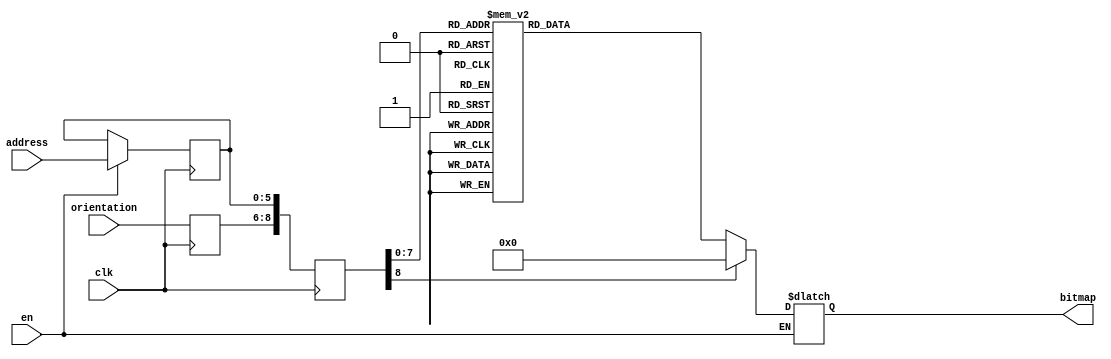
module newshape5 (clk, en, orientation, address, bitmap); 
    input  clk;
    input   en;
    input wire [2:0] orientation;
    input wire[5:0] address;
    output reg [50:0] bitmap;
    reg   [8:0] raddr;
    reg [5:0] address_reg;
    reg[2:0] orient_reg;
 always @(posedge clk)
 begin

    if (en)
     address_reg <= address;
     orient_reg <= orientation;
     raddr <= {orient_reg,address_reg};
 end

 always @(raddr) 
 begin
    if (en)
       case(raddr)
    9'b000000000 : bitmap <= 51'b000000000000000000000000010000000000000000000000000;
    9'b000000001 : bitmap <= 51'b000000000000000000000001111100000000000000000000000;
    9'b000000010 : bitmap <= 51'b000000000000000000000111111111000000000000000000000;
    9'b000000011 : bitmap <= 51'b000000000000000000001111111111100000000000000000000;
    9'b000000100 : bitmap <= 51'b000000000000000000111111111111111000000000000000000;
    9'b000000101 : bitmap <= 51'b000000000000000011111111111111111110000000000000000;
    9'b000000110 : bitmap <= 51'b000000000000001111111111111111111111100000000000000;
    9'b000000111 : bitmap <= 51'b000000000000011111111111111111111111110000000000000;
    9'b000001000 : bitmap <= 51'b000000000001111111111111111111111111111100000000000;
    9'b000001001 : bitmap <= 51'b000000000111111111111111111111111111111111000000000;
    9'b000001010 : bitmap <= 51'b000000001111111111111111111111111111111111100000000;
    9'b000001011 : bitmap <= 51'b000000111111111111111111111111111111111111111000000;
    9'b000001100 : bitmap <= 51'b000011111111111111111111111111111111111111111110000;
    9'b000001101 : bitmap <= 51'b000111111111111111111111111111111111111111111111000;
    9'b000001110 : bitmap <= 51'b011111111111111111111111111111111111111111111111110;
    9'b000001111 : bitmap <= 51'b111111111111111111111111111111111111111111111111111;
    9'b000010000 : bitmap <= 51'b111111111111111111111111111111111111111111111111111;
    9'b000010001 : bitmap <= 51'b111111111111111111111111111111111111111111111111111;
    9'b000010010 : bitmap <= 51'b111111111111111111111111111111111111111111111111111;
    9'b000010011 : bitmap <= 51'b111111111111111111111100000001111111111111111111111;
    9'b000010100 : bitmap <= 51'b111111111111111111110000000000011111111111111111111;
    9'b000010101 : bitmap <= 51'b111111111111111111100000000000001111111111111111111;
    9'b000010110 : bitmap <= 51'b111111111111111110000000000000000011111111111111111;
    9'b000010111 : bitmap <= 51'b000000000000000000000000000000000011111111111111111;
    9'b000011000 : bitmap <= 51'b000000000000000000000000000000000000111111111111111;
    9'b000011001 : bitmap <= 51'b000000000000000000000000000000000000111111111111111;
    9'b000011010 : bitmap <= 51'b000000000000000000000000000000000000111111111111111;
    9'b000011011 : bitmap <= 51'b000000000000000000000000000000000000011111111111111;
    9'b000011100 : bitmap <= 51'b000000000000000000000000000000000000011111111111111;
    9'b000011101 : bitmap <= 51'b000000000000000000000000000000000000011111111111111;
    9'b000011110 : bitmap <= 51'b000000000000000000000000000000000000011111111111111;
    9'b000011111 : bitmap <= 51'b000000000000000000000000000000000000011111111111111;
    9'b000100000 : bitmap <= 51'b000000000000000000000000000000000000011111111111111;
    9'b000100001 : bitmap <= 51'b000000000000000000000000000000000000111111111111111;
    9'b000100010 : bitmap <= 51'b000000000000000000000000000000000000111111111111111;
    9'b000100011 : bitmap <= 51'b000000000000000000000000000000000001111111111111111;
    9'b000100100 : bitmap <= 51'b000000000000000000000000000000000011111111111111111;
    9'b000100101 : bitmap <= 51'b111111111111111110000000000000000011111111111111111;
    9'b000100110 : bitmap <= 51'b111111111111111111100000000000001111111111111111111;
    9'b000100111 : bitmap <= 51'b111111111111111111110000000000011111111111111111111;
    9'b000101000 : bitmap <= 51'b111111111111111111111100000001111111111111111111111;
    9'b000101001 : bitmap <= 51'b111111111111111111111111111111111111111111111111111;
    9'b000101010 : bitmap <= 51'b111111111111111111111111111111111111111111111111111;
    9'b000101011 : bitmap <= 51'b111111111111111111111111111111111111111111111111111;
    9'b000101100 : bitmap <= 51'b111111111111111111111111111111111111111111111111111;
    9'b000101101 : bitmap <= 51'b011111111111111111111111111111111111111111111111110;
    9'b000101110 : bitmap <= 51'b000111111111111111111111111111111111111111111111000;
    9'b000101111 : bitmap <= 51'b000011111111111111111111111111111111111111111110000;
    9'b000110000 : bitmap <= 51'b000000111111111111111111111111111111111111111000000;
    9'b000110001 : bitmap <= 51'b000000001111111111111111111111111111111111100000000;
    9'b000110010 : bitmap <= 51'b000000000111111111111111111111111111111111000000000;
    9'b000110011 : bitmap <= 51'b000000000001111111111111111111111111111100000000000;
    9'b000110100 : bitmap <= 51'b000000000000011111111111111111111111110000000000000;
    9'b000110101 : bitmap <= 51'b000000000000001111111111111111111111100000000000000;
    9'b000110110 : bitmap <= 51'b000000000000000011111111111111111110000000000000000;
    9'b000110111 : bitmap <= 51'b000000000000000000111111111111111000000000000000000;
    9'b000111000 : bitmap <= 51'b000000000000000000001111111111100000000000000000000;
    9'b000111001 : bitmap <= 51'b000000000000000000000111111111000000000000000000000;
    9'b000111010 : bitmap <= 51'b000000000000000000000001111100000000000000000000000;
    9'b000111011 : bitmap <= 51'b000000000000000000000000010000000000000000000000000;



    
    9'b001000000 : bitmap <= 51'b000000000000000000000000010000000000000000000000000;
    9'b001000001 : bitmap <= 51'b000000000000000000000001111100000000000000000000000;
    9'b001000010 : bitmap <= 51'b000000000000000000000111111111000000000000000000000;
    9'b001000011 : bitmap <= 51'b000000000000000000001111111111100000000000000000000;
    9'b001000100 : bitmap <= 51'b000000000000000000011111111111111000000000000000000;
    9'b001000101 : bitmap <= 51'b000000000000000000001111111111111110000000000000000;
    9'b001000110 : bitmap <= 51'b000000000000000000001111111111111111100000000000000;
    9'b001000111 : bitmap <= 51'b000000000000000000000111111111111111110000000000000;
    9'b001001000 : bitmap <= 51'b000000000000000000000111111111111111111100000000000;
    9'b001001001 : bitmap <= 51'b000000000000000000000011111111111111111111000000000;
    9'b001001010 : bitmap <= 51'b000000000000000000000011111111111111111111100000000;
    9'b001001011 : bitmap <= 51'b000000100000000000000001111111111111111111111000000;
    9'b001001100 : bitmap <= 51'b000011110000000000000000111111111111111111111110000;
    9'b001001101 : bitmap <= 51'b000111110000000000000000111111111111111111111111000;
    9'b001001110 : bitmap <= 51'b011111111000000000000000011111111111111111111111110;
    9'b001001111 : bitmap <= 51'b111111111000000000000000011111111111111111111111111;
    9'b001010000 : bitmap <= 51'b111111111100000000000000001111111111111111111111111;
    9'b001010001 : bitmap <= 51'b111111111100000000000000000111111111111111111111111;
    9'b001010010 : bitmap <= 51'b111111111110000000000000000011111111111111111111111;
    9'b001010011 : bitmap <= 51'b111111111110000000000000000000001111111111111111111;
    9'b001010100 : bitmap <= 51'b111111111111000000000000000000000011111111111111111;
    9'b001010101 : bitmap <= 51'b111111111111100000000000000000000001111111111111111;
    9'b001010110 : bitmap <= 51'b111111111111100000000000000000000000111111111111111;
    9'b001010111 : bitmap <= 51'b111111111111110000000000000000000000011111111111111;
    9'b001011000 : bitmap <= 51'b111111111111110000000000000000000000011111111111111;
    9'b001011001 : bitmap <= 51'b111111111111111000000000000000000000001111111111111;
    9'b001011010 : bitmap <= 51'b111111111111111000000000000000000000001111111111111;
    9'b001011011 : bitmap <= 51'b111111111111111000000000000000000000000111111111111;
    9'b001011100 : bitmap <= 51'b111111111111110000000000000000000000000111111111111;
    9'b001011101 : bitmap <= 51'b111111111111110000000000000000000000000111111111111;
    9'b001011110 : bitmap <= 51'b111111111111110000000000000000000000000111111111111;
    9'b001011111 : bitmap <= 51'b111111111111110000000000000000000000000111111111111;
    9'b001100000 : bitmap <= 51'b111111111111110000000000000000000000000111111111111;
    9'b001100001 : bitmap <= 51'b111111111111110000000000000000000000000111111111111;
    9'b001100010 : bitmap <= 51'b111111111111111000000000000000000000001111111111111;
    9'b001100011 : bitmap <= 51'b111111111111111000000000000000000000001111111111111;
    9'b001100100 : bitmap <= 51'b111111111111111100000000000000000000001111111111111;
    9'b001100101 : bitmap <= 51'b111111111111111100000000000000000000011111111111111;
    9'b001100110 : bitmap <= 51'b111111111111111110000000000000000000111111111111111;
    9'b001100111 : bitmap <= 51'b111111111111111111000000000000000001111111111111111;
    9'b001101000 : bitmap <= 51'b111111111111111111100000000000000011111111111111111;
    9'b001101001 : bitmap <= 51'b111111111111111111111000000000001111111111111111111;
    9'b001101010 : bitmap <= 51'b111111111111111111111110000000111111111111111111111;
    9'b001101011 : bitmap <= 51'b111111111111111111111111111111111111111111111111111;
    9'b001101100 : bitmap <= 51'b111111111111111111111111111111111111111111111111111;
    9'b001101101 : bitmap <= 51'b011111111111111111111111111111111111111111111111110;
    9'b001101110 : bitmap <= 51'b000111111111111111111111111111111111111111111111000;
    9'b001101111 : bitmap <= 51'b000011111111111111111111111111111111111111111110000;
    9'b001110000 : bitmap <= 51'b000000111111111111111111111111111111111111111100000;
    9'b001110001 : bitmap <= 51'b000000001111111111111111111111111111111111110000000;
    9'b001110010 : bitmap <= 51'b000000000111111111111111111111111111111111000000000;
    9'b001110011 : bitmap <= 51'b000000000001111111111111111111111111111100000000000;
    9'b001110100 : bitmap <= 51'b000000000000011111111111111111111111111000000000000;
    9'b001110101 : bitmap <= 51'b000000000000001111111111111111111111100000000000000;
    9'b001110110 : bitmap <= 51'b000000000000000011111111111111111110000000000000000;
    9'b001110111 : bitmap <= 51'b000000000000000000111111111111111000000000000000000;
    9'b001111000 : bitmap <= 51'b000000000000000000001111111111100000000000000000000;
    9'b001111001 : bitmap <= 51'b000000000000000000000111111111000000000000000000000;
    9'b001111010 : bitmap <= 51'b000000000000000000000001111100000000000000000000000;
    9'b001111011 : bitmap <= 51'b000000000000000000000000010000000000000000000000000;
    
    9'b010000000 : bitmap <= 51'b000000000000000000000000010000000000000000000000000;
    9'b010000001 : bitmap <= 51'b000000000000000000000001111100000000000000000000000;
    9'b010000010 : bitmap <= 51'b000000000000000000000111111111000000000000000000000;
    9'b010000011 : bitmap <= 51'b000000000000000000001111111111100000000000000000000;
    9'b010000100 : bitmap <= 51'b000000000000000000111111111111110000000000000000000;
    9'b010000101 : bitmap <= 51'b000000000000000011111111111111100000000000000000000;
    9'b010000110 : bitmap <= 51'b000000000000001111111111111111100000000000000000000;
    9'b010000111 : bitmap <= 51'b000000000000011111111111111111000000000000000000000;
    9'b010001000 : bitmap <= 51'b000000000001111111111111111111000000000000000000000;
    9'b010001001 : bitmap <= 51'b000000000111111111111111111110000000000000000000000;
    9'b010001010 : bitmap <= 51'b000000001111111111111111111110000000000000000000000;
    9'b010001011 : bitmap <= 51'b000000111111111111111111111100000000000000001000000;
    9'b010001100 : bitmap <= 51'b000011111111111111111111111000000000000000011110000;
    9'b010001101 : bitmap <= 51'b000111111111111111111111111000000000000000011111000;
    9'b010001110 : bitmap <= 51'b011111111111111111111111110000000000000000111111110;
    9'b010001111 : bitmap <= 51'b111111111111111111111111110000000000000000111111111;
    9'b010010000 : bitmap <= 51'b111111111111111111111111100000000000000001111111111;
    9'b010010001 : bitmap <= 51'b111111111111111111111111000000000000000001111111111;
    9'b010010010 : bitmap <= 51'b111111111111111111111110000000000000000011111111111;
    9'b010010011 : bitmap <= 51'b111111111111111111100000000000000000000011111111111;
    9'b010010100 : bitmap <= 51'b111111111111111110000000000000000000000111111111111;
    9'b010010101 : bitmap <= 51'b111111111111111100000000000000000000001111111111111;
    9'b010010110 : bitmap <= 51'b111111111111111000000000000000000000001111111111111;
    9'b010010111 : bitmap <= 51'b111111111111110000000000000000000000011111111111111;
    9'b010011000 : bitmap <= 51'b111111111111110000000000000000000000011111111111111;
    9'b010011001 : bitmap <= 51'b111111111111100000000000000000000000111111111111111;
    9'b010011010 : bitmap <= 51'b111111111111100000000000000000000000111111111111111;
    9'b010011011 : bitmap <= 51'b111111111111000000000000000000000000111111111111111;
    9'b010011100 : bitmap <= 51'b111111111111000000000000000000000000011111111111111;
    9'b010011101 : bitmap <= 51'b111111111111000000000000000000000000011111111111111;
    9'b010011110 : bitmap <= 51'b111111111111000000000000000000000000011111111111111;
    9'b010011111 : bitmap <= 51'b111111111111000000000000000000000000011111111111111;
    9'b010100000 : bitmap <= 51'b111111111111000000000000000000000000011111111111111;
    9'b010100001 : bitmap <= 51'b111111111111000000000000000000000000011111111111111;
    9'b010100010 : bitmap <= 51'b111111111111100000000000000000000000111111111111111;
    9'b010100011 : bitmap <= 51'b111111111111100000000000000000000000111111111111111;
    9'b010100100 : bitmap <= 51'b111111111111100000000000000000000001111111111111111;
    9'b010100101 : bitmap <= 51'b111111111111110000000000000000000001111111111111111;
    9'b010100110 : bitmap <= 51'b111111111111111000000000000000000011111111111111111;
    9'b010100111 : bitmap <= 51'b111111111111111100000000000000000111111111111111111;
    9'b010101000 : bitmap <= 51'b111111111111111110000000000000001111111111111111111;
    9'b010101001 : bitmap <= 51'b111111111111111111100000000000111111111111111111111;
    9'b010101010 : bitmap <= 51'b111111111111111111111000000011111111111111111111111;
    9'b010101011 : bitmap <= 51'b111111111111111111111111111111111111111111111111111;
    9'b010101100 : bitmap <= 51'b111111111111111111111111111111111111111111111111111;
    9'b010101101 : bitmap <= 51'b011111111111111111111111111111111111111111111111110;
    9'b010101110 : bitmap <= 51'b000111111111111111111111111111111111111111111111000;
    9'b010101111 : bitmap <= 51'b000011111111111111111111111111111111111111111110000;
    9'b010110000 : bitmap <= 51'b000001111111111111111111111111111111111111111000000;
    9'b010110001 : bitmap <= 51'b000000011111111111111111111111111111111111100000000;
    9'b010110010 : bitmap <= 51'b000000000111111111111111111111111111111111000000000;
    9'b010110011 : bitmap <= 51'b000000000001111111111111111111111111111100000000000;
    9'b010110100 : bitmap <= 51'b000000000000111111111111111111111111110000000000000;
    9'b010110101 : bitmap <= 51'b000000000000001111111111111111111111100000000000000;
    9'b010110110 : bitmap <= 51'b000000000000000011111111111111111110000000000000000;
    9'b010110111 : bitmap <= 51'b000000000000000000111111111111111000000000000000000;
    9'b010111000 : bitmap <= 51'b000000000000000000001111111111100000000000000000000;
    9'b010111001 : bitmap <= 51'b000000000000000000000111111111000000000000000000000;
    9'b010111010 : bitmap <= 51'b000000000000000000000001111100000000000000000000000;
    9'b010111011 : bitmap <= 51'b000000000000000000000000010000000000000000000000000;





    9'b011000000 : bitmap <= 51'b000000000000000000000000010000000000000000000000000;
    9'b011000001 : bitmap <= 51'b000000000000000000000001111100000000000000000000000;
    9'b011000010 : bitmap <= 51'b000000000000000000000111111111000000000000000000000;
    9'b011000011 : bitmap <= 51'b000000000000000000001111111111100000000000000000000;
    9'b011000100 : bitmap <= 51'b000000000000000000111111111111111000000000000000000;
    9'b011000101 : bitmap <= 51'b000000000000000011111111111111111110000000000000000;
    9'b011000110 : bitmap <= 51'b000000000000001111111111111111111111100000000000000;
    9'b011000111 : bitmap <= 51'b000000000000011111111111111111111111110000000000000;
    9'b011001000 : bitmap <= 51'b000000000001111111111111111111111111111100000000000;
    9'b011001001 : bitmap <= 51'b000000000111111111111111111111111111111111000000000;
    9'b011001010 : bitmap <= 51'b000000001111111111111111111111111111111111100000000;
    9'b011001011 : bitmap <= 51'b000000111111111111111111111111111111111111111000000;
    9'b011001100 : bitmap <= 51'b000011111111111111111111111111111111111111111110000;
    9'b011001101 : bitmap <= 51'b000111111111111111111111111111111111111111111111000;
    9'b011001110 : bitmap <= 51'b011111111111111111111111111111111111111111111111110;
    9'b011001111 : bitmap <= 51'b111111111111111111111111111111111111111111111111111;
    9'b011010000 : bitmap <= 51'b111111111111111111111111111111111111111111111111111;
    9'b011010001 : bitmap <= 51'b111111111111111111111111111111111111111111111111111;
    9'b011010010 : bitmap <= 51'b111111111111111111111111111111111111111111111111111;
    9'b011010011 : bitmap <= 51'b111111111111111111111100000001111111111111111111111;
    9'b011010100 : bitmap <= 51'b111111111111111111110000000000011111111111111111111;
    9'b011010101 : bitmap <= 51'b111111111111111111100000000000001111111111111111111;
    9'b011010110 : bitmap <= 51'b111111111111111110000000000000000011111111111111111;
    9'b011010111 : bitmap <= 51'b111111111111111110000000000000000000000000000000000;
    9'b011011000 : bitmap <= 51'b111111111111111000000000000000000000000000000000000;
    9'b011011001 : bitmap <= 51'b111111111111111000000000000000000000000000000000000;
    9'b011011010 : bitmap <= 51'b111111111111111000000000000000000000000000000000000;
    9'b011011011 : bitmap <= 51'b111111111111110000000000000000000000000000000000000;
    9'b011011100 : bitmap <= 51'b111111111111110000000000000000000000000000000000000;
    9'b011011101 : bitmap <= 51'b111111111111110000000000000000000000000000000000000;
    9'b011011110 : bitmap <= 51'b111111111111110000000000000000000000000000000000000;
    9'b011011111 : bitmap <= 51'b111111111111110000000000000000000000000000000000000;
    9'b011100000 : bitmap <= 51'b111111111111110000000000000000000000000000000000000;
    9'b011100001 : bitmap <= 51'b111111111111111000000000000000000000000000000000000;
    9'b011100010 : bitmap <= 51'b111111111111111000000000000000000000000000000000000;
    9'b011100011 : bitmap <= 51'b111111111111111100000000000000000000000000000000000;
    9'b011100100 : bitmap <= 51'b111111111111111110000000000000000000000000000000000;
    9'b011100101 : bitmap <= 51'b111111111111111110000000000000000011111111111111111;
    9'b011100110 : bitmap <= 51'b111111111111111111100000000000001111111111111111111;
    9'b011100111 : bitmap <= 51'b111111111111111111110000000000011111111111111111111;
    9'b011101000 : bitmap <= 51'b111111111111111111111100000001111111111111111111111;
    9'b011101001 : bitmap <= 51'b111111111111111111111111111111111111111111111111111;
    9'b011101010 : bitmap <= 51'b111111111111111111111111111111111111111111111111111;
    9'b011101011 : bitmap <= 51'b111111111111111111111111111111111111111111111111111;
    9'b011101100 : bitmap <= 51'b111111111111111111111111111111111111111111111111111;
    9'b011101101 : bitmap <= 51'b011111111111111111111111111111111111111111111111110;
    9'b011101110 : bitmap <= 51'b000111111111111111111111111111111111111111111111000;
    9'b011101111 : bitmap <= 51'b000011111111111111111111111111111111111111111110000;
    9'b011110000 : bitmap <= 51'b000000111111111111111111111111111111111111111000000;
    9'b011110001 : bitmap <= 51'b000000001111111111111111111111111111111111100000000;
    9'b011110010 : bitmap <= 51'b000000000111111111111111111111111111111111000000000;
    9'b011110011 : bitmap <= 51'b000000000001111111111111111111111111111100000000000;
    9'b011110100 : bitmap <= 51'b000000000000011111111111111111111111110000000000000;
    9'b011110101 : bitmap <= 51'b000000000000001111111111111111111111100000000000000;
    9'b011110110 : bitmap <= 51'b000000000000000011111111111111111110000000000000000;
    9'b011110111 : bitmap <= 51'b000000000000000000111111111111111000000000000000000;
    9'b011111000 : bitmap <= 51'b000000000000000000001111111111100000000000000000000;
    9'b011111001 : bitmap <= 51'b000000000000000000000111111111000000000000000000000;
    9'b011111010 : bitmap <= 51'b000000000000000000000001111100000000000000000000000;
    9'b011111011 : bitmap <= 51'b000000000000000000000000010000000000000000000000000;




    default: bitmap <= 0;
       endcase
 end
        endmodule